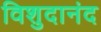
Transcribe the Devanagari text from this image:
विशुदानंद